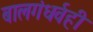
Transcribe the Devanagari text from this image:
बालगंधर्वही